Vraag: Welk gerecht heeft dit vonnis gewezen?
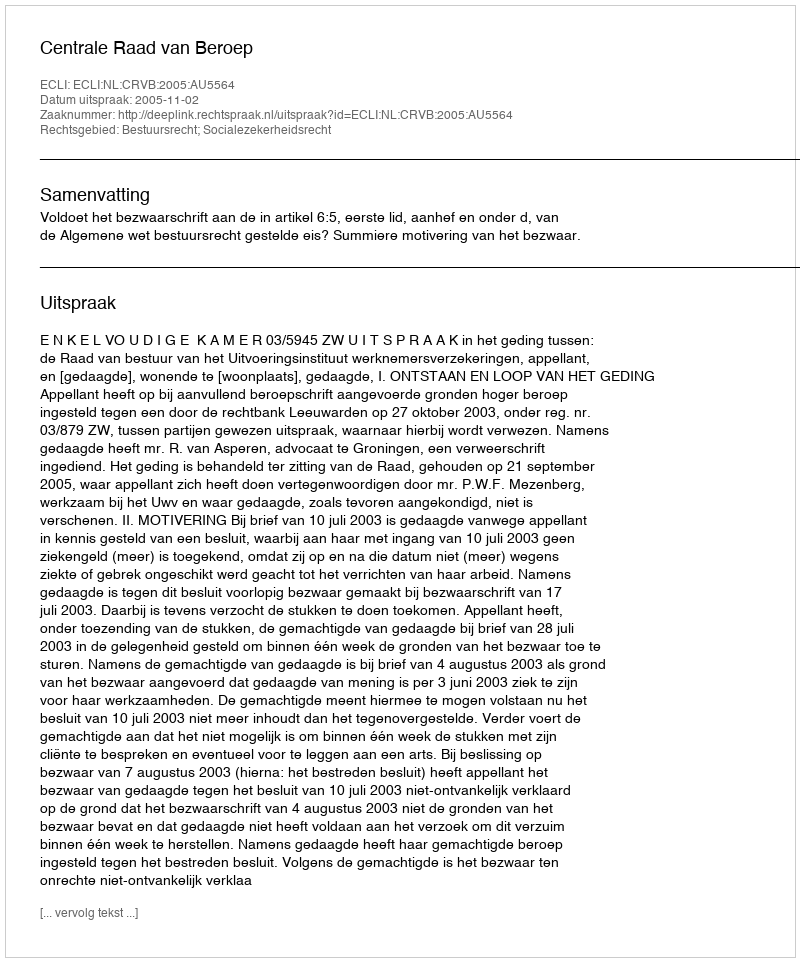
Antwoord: Centrale Raad van Beroep